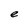
Character: e